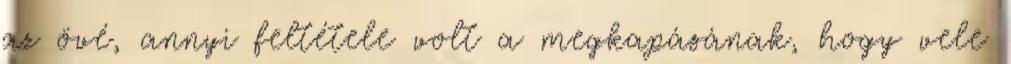
az övé, annyi feltétele volt a megkapásának, hogy vele